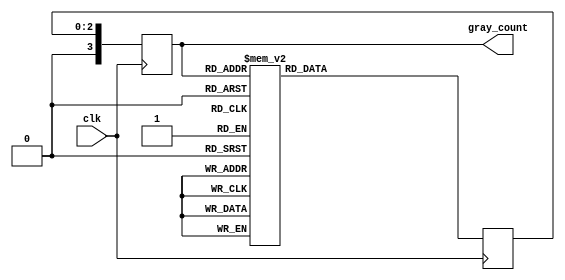
module gray_code_counter (
    input wire clk,
    output reg [3:0] gray_count
);

reg [3:0] current_count;
reg [2:0] next_count;

always @(posedge clk) begin
    current_count <= next_count;
    case (current_count)
        4'b0000: next_count <= 4'b0001;
        4'b0001: next_count <= 4'b0011;
        4'b0011: next_count <= 4'b0010;
        4'b0010: next_count <= 4'b0110;
        4'b0110: next_count <= 4'b0111;
        4'b0111: next_count <= 4'b0101;
        4'b0101: next_count <= 4'b0100;
        4'b0100: next_count <= 4'b1100;
        4'b1100: next_count <= 4'b1101;
        4'b1101: next_count <= 4'b1111;
        4'b1111: next_count <= 4'b1110;
        4'b1110: next_count <= 4'b1000;
        default: next_count <= 4'b0000;
    endcase
end

assign gray_count = current_count;

endmodule